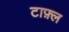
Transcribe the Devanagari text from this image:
टाफ़्ल